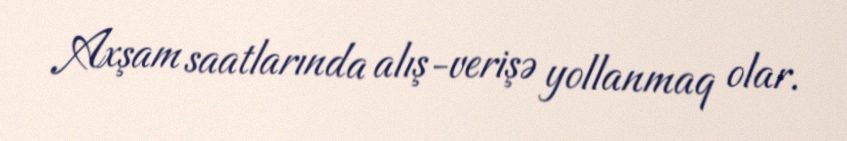
Axşam saatlarında alış-verişə yollanmaq olar.